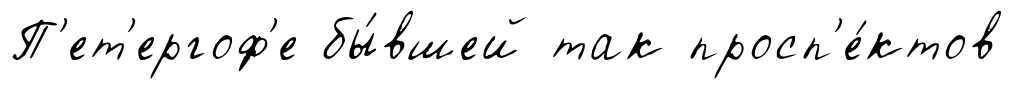
П'ет'ергоф'е бы́вшей так просп'е́ктов